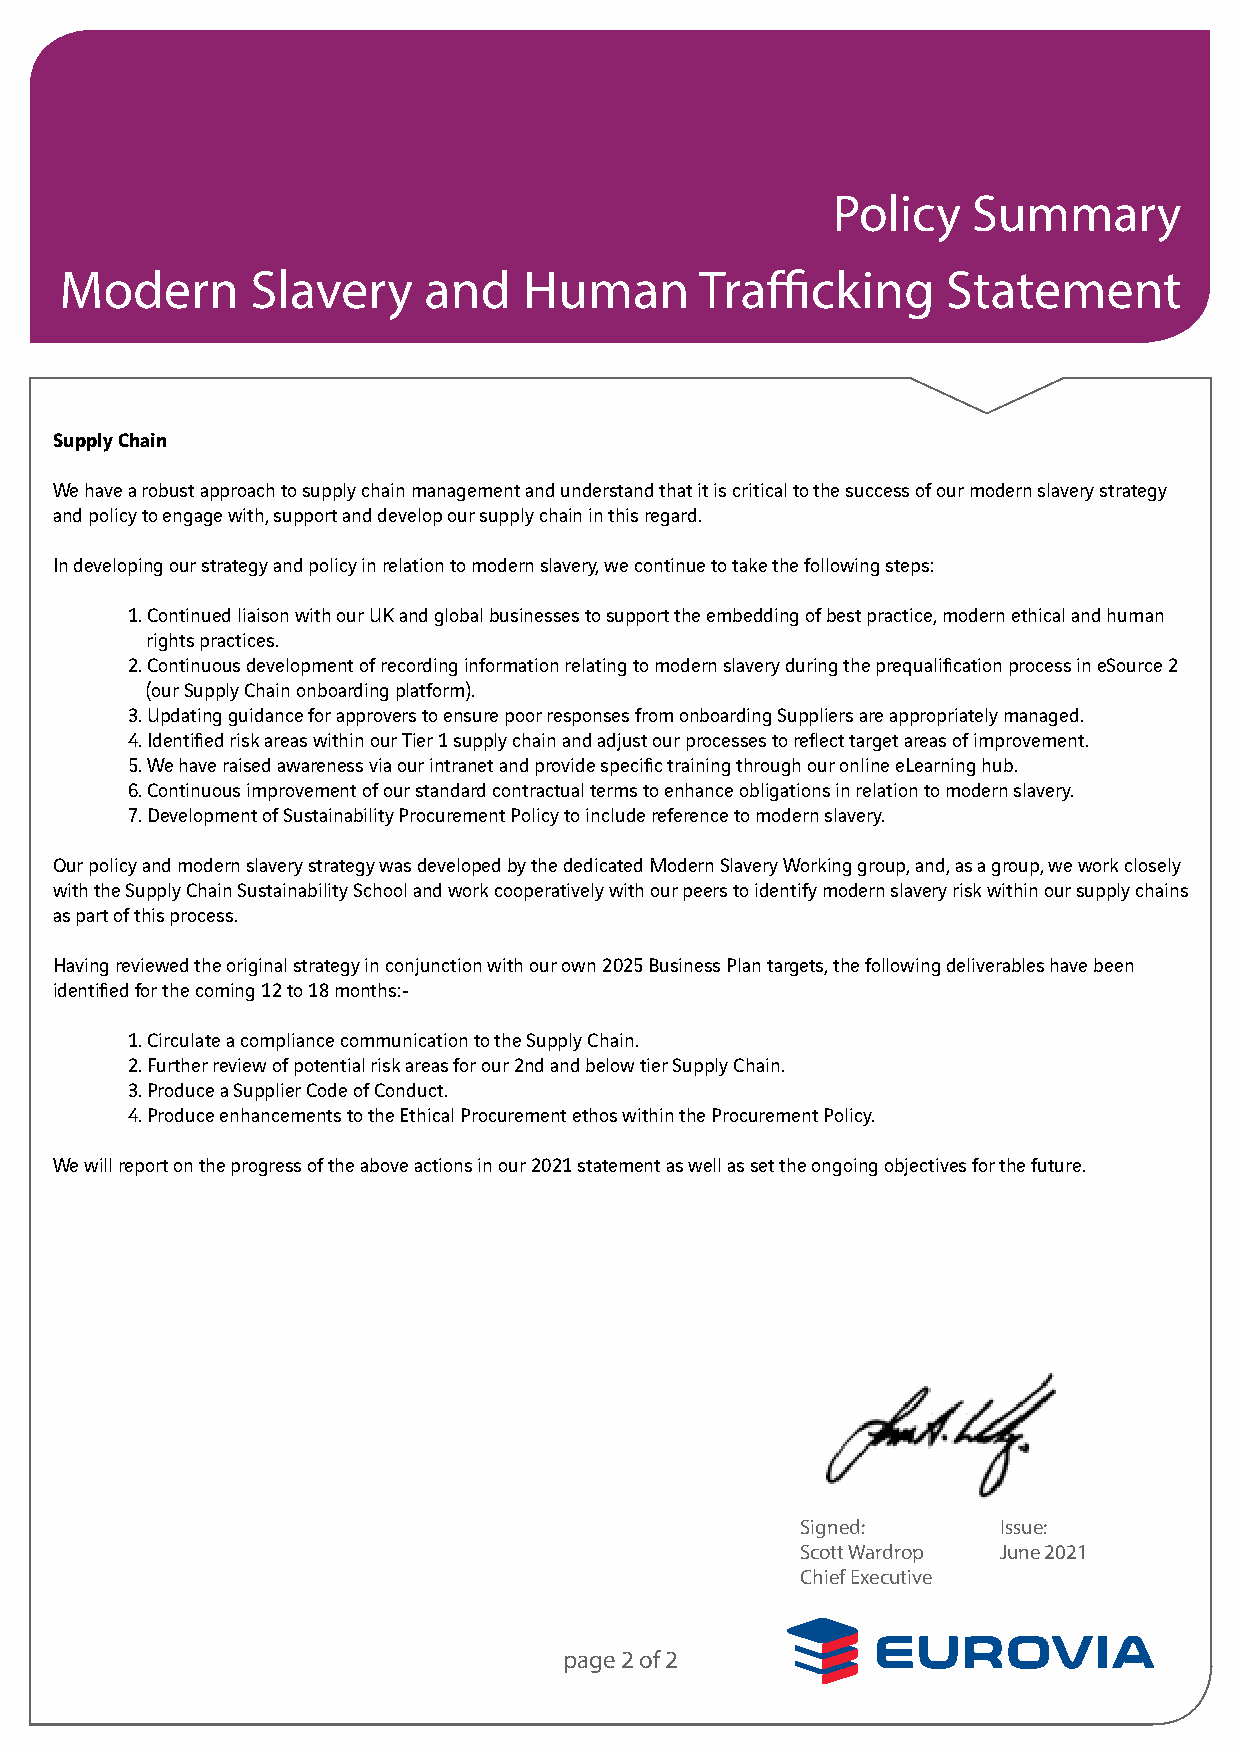
Policy   Summary
 Modern       Slavery    and    Human      Trafficking      Statement
 Supply Chain
 We have a robust approach to supply chain management and understand that it is critical to the success of our modern slavery strategy
 and policy to engage with, support and develop our supply chain in this regard.
 In developing our strategy and policy in relation to modern slavery, we continue to take the following steps:
 1. Continued liaison with our UK and global businesses to support the embedding of best practice, modern ethical and human
 rights practices.
 2. Continuous development of recording information relating to modern slavery during the prequalification process in eSource 2
 (our Supply Chain onboarding platform).
 3. Updating guidance for approvers to ensure poor responses from onboarding Suppliers are appropriately managed.
 4. Identified risk areas within our Tier 1 supply chain and adjust our processes to reflect target areas of improvement.
 5. We have raised awareness via our intranet and provide specific training through our online eLearning hub.
 6. Continuous improvement of our standard contractual terms to enhance obligations in relation to modern slavery.
 7. Development of Sustainability Procurement Policy to include reference to modern slavery.
 Our policy and modern slavery strategy was developed by the dedicated Modern Slavery Working group, and, as a group, we work closely
 with the Supply Chain Sustainability School and work cooperatively with our peers to identify modern slavery risk within our supply chains
 as part of this process.
 Having reviewed the original strategy in conjunction with our own 2025 Business Plan targets, the following deliverables have been
 identified for the coming 12 to 18 months:-
 1. Circulate a compliance communication to the Supply Chain.
 2. Further review of potential risk areas for our 2nd and below tier Supply Chain.
 3. Produce a Supplier Code of Conduct.
 4. Produce enhancements to the Ethical Procurement ethos within the Procurement Policy.
 We will report on the progress of the above actions in our 2021 statement as well as set the ongoing objectives for the future.
 Signed:      Issue:
 Scott Wardrop June 2021
 Chief Executive
 page 2 of 2